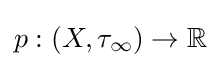
p:(X,\tau _{\infty })\to \mathbb {R}